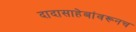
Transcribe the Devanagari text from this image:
दादासाहेबांवरूनच